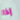
إذا